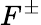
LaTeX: F^{\pm}